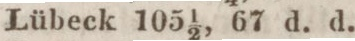
Lübeck 105 1/2, 67 d. d.